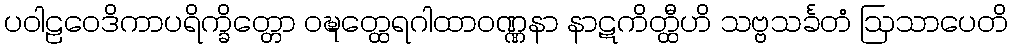
ပဝါဠဝေဒိကာပရိက္ခိတ္တော ဝဍ္ဎတ္ထေရဂါထာဝဏ္ဏနာ နာဋကိတ္ထီဟိ သဗ္ဗသင်္ခတံ ဩသာပေတိ